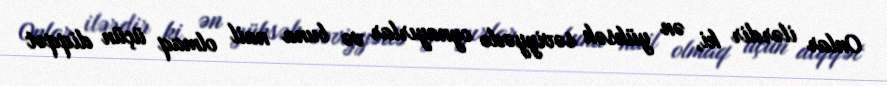
Onlar ilərdir ki, ən yüksək səviyyədə oynayırlar və buna nail olmaq üçün diqqət